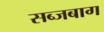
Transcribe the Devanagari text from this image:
सब्जबाग